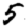
Digit: 5